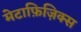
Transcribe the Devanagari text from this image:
मेटाफ़िज़िक्स